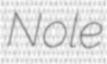
Nole